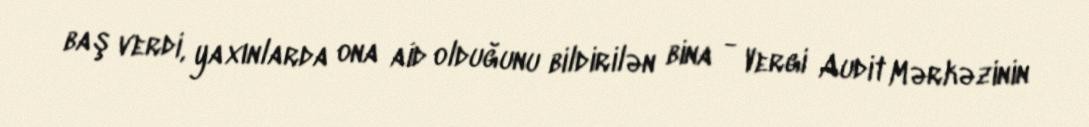
baş verdi, yaxınlarda ona aid olduğunu bildirilən bina - Vergi Audit Mərkəzinin